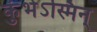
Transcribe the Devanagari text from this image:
कुंभेऽस्मिन्